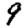
Digit: 9